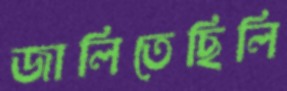
জালিতেছিলি